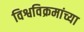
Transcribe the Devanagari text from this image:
विश्वविक्रमांच्या